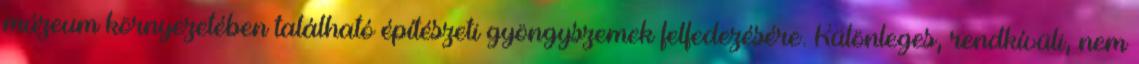
múzeum környezetében található építészeti gyöngyszemek felfedezésére. Különleges, rendkívüli, nem